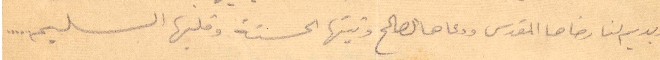
ويديم لنا رضاها المقدس ودعاها الصالح ونيتها الحسنة وقلبها السليم...